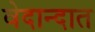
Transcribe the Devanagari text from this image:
वेदान्दात